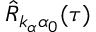
\hat { R } _ { k _ { \alpha } \alpha _ { 0 } } ( \tau )